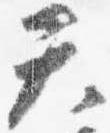
天